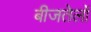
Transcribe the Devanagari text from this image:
बीजतेलों